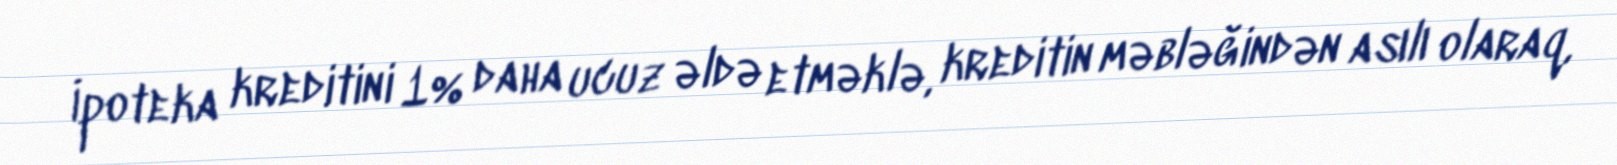
İpoteka kreditini 1% daha ucuz əldə etməklə, kreditin məbləğindən asılı olaraq,